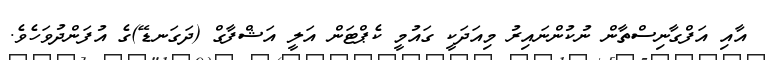
އާއި އަފްގާނިސްތާން ނުކުންނައިރު މިއަދަކީ ގައުމީ ކެޕްޓަން އަލީ އަޝްފާގް (ދަގަނޑޭ)ގެ އުފަންދުވަހެވެ.